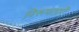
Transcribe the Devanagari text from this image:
विरूपताएँ